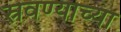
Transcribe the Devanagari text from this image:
स्रवण्याच्या